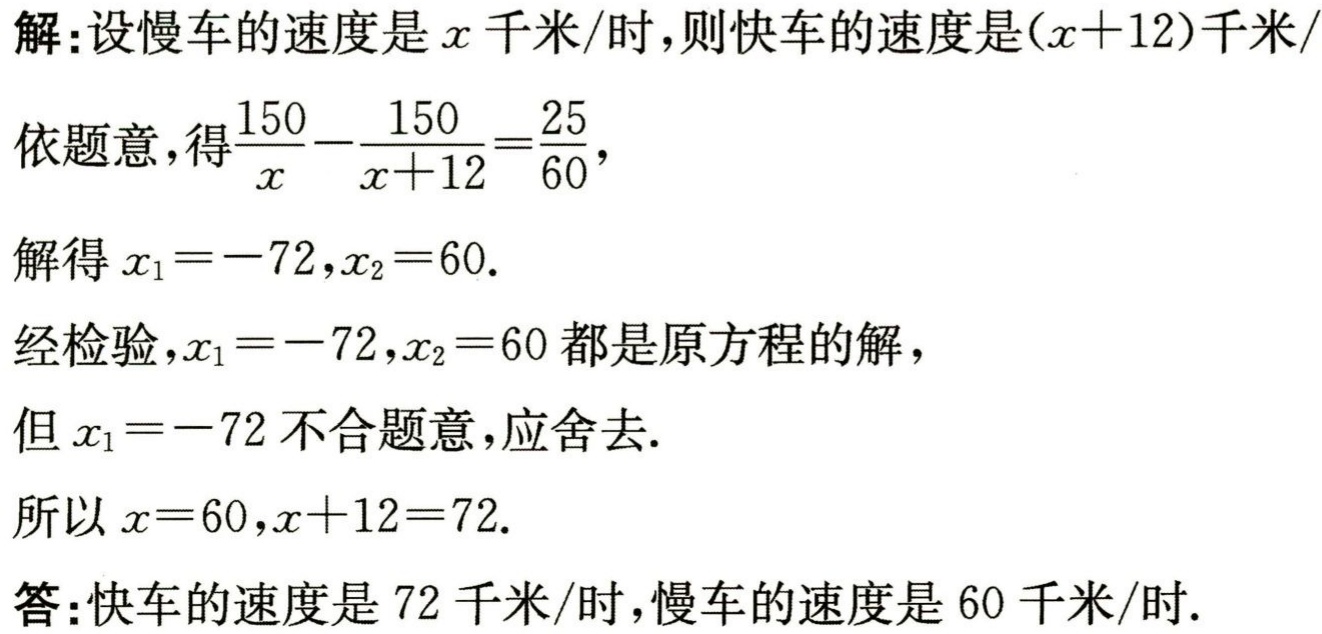
解：设慢车的速度是\(x\)千米/时，则快车的速度是\((x + 12)\)千米/时。

依题意，得\(\frac{150}{x}-\frac{150}{x + 12}=\frac{25}{60}\)，

解得\(x_1=-72,x_2 = 60\)。

经检验，\(x_1=-72,x_2 = 60\)都是原方程的解，

但\(x_1=-72\)不合题意，应舍去。

所以\(x = 60,x + 12 = 72\)。

答：快车的速度是\(72\)千米/时，慢车的速度是\(60\)千米/时。